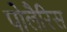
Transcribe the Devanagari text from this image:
पोलैरिस